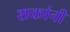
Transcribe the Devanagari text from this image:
शकांनी